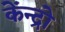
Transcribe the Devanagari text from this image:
केंन्द्रो